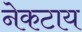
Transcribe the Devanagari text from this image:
नेकटाय